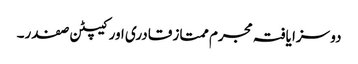
دو سزا یافتہ مجرم ممتاز قادری اور کیپٹن صفدر۔